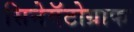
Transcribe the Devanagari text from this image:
सिनेमॅटोग्राफ